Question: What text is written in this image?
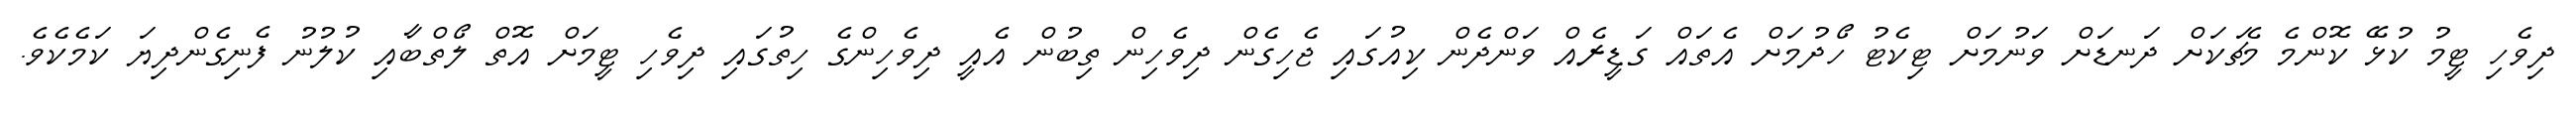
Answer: ދިވެހި ޓީމު ކުޅޭ ކޮންމެ މެޗަކަށް ދަނޑަށް ވަނުމަށް ޓިކެޓު ހޯދުމަށް އެތައް ގަޑީރެއް ވަންދެން ކިއުގައި ޖެހިގެން ދިވެހިން ތިބުން އެއީ ދިވެހިންގެ ހިތުގައި ދިވެހި ޓީމަށް އޮތް ލޯތްބާއި ކުލުނު ފެނިގެންދިޔަ ކަމެކެވެ.